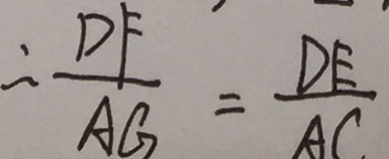
\therefore \frac { D F } { A G } = \frac { D E } { A C }